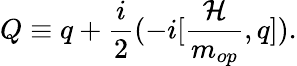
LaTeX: Q\equiv q+\frac{i}{2}(-i[\frac{{\cal H}}{m_{op}},q]).